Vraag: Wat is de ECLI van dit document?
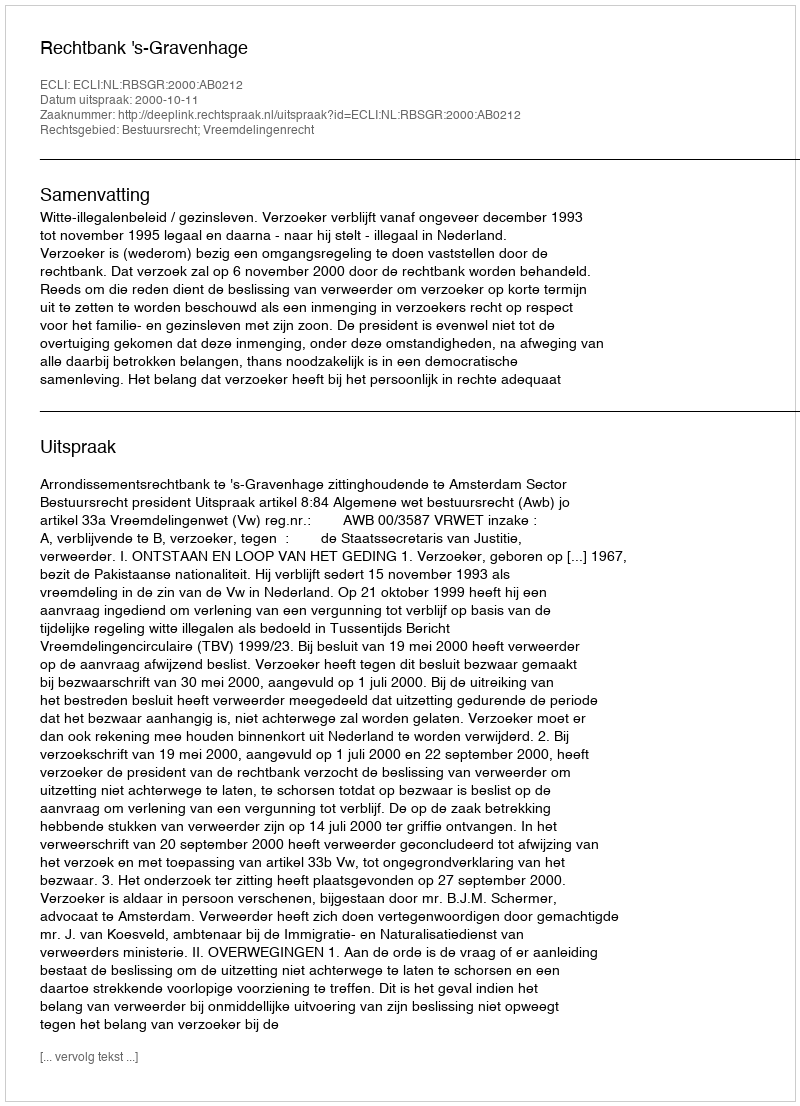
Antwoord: ECLI:NL:RBSGR:2000:AB0212